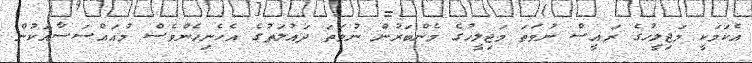
އެކަމަކީ މަޖިލީހުގެ ރައީސް ނުވަތަ މަޖިލީހުގެ މެންބަރުން ނުވަތަ ދައުލަތުގެ އެހެނިހެންވެސް މުއައްސަސާއަކުން